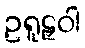
ဥရူဠှဝါ